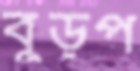
বুড়প